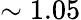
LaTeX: \sim 1.05